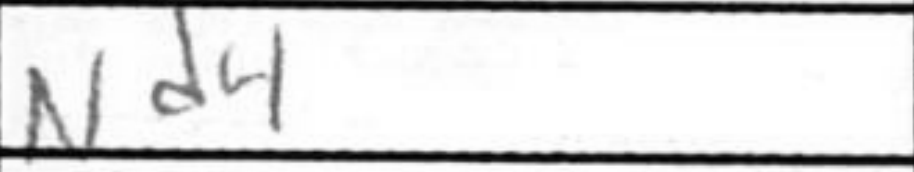
Transcription: Nd4